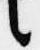
言